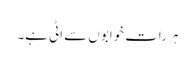
ہر رات خوابوں سے اٹی ہے۔